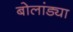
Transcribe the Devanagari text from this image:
बोलांड्या